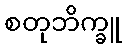
စတုဘိက္ခူ